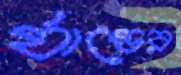
র‍্যান্ডের